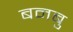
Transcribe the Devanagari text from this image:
बनबु